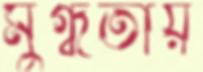
মুগ্ধতায়